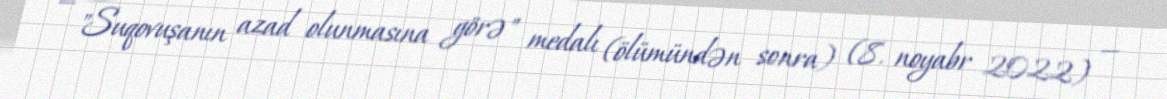
— "Suqovuşanın azad olunmasına görə" medalı (ölümündən sonra) (8. noyabr 2022) —